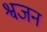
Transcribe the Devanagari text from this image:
श्वजन